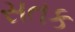
સતક